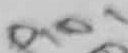
Text: PIN1